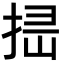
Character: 𢭈